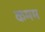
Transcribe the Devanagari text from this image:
कमम